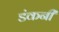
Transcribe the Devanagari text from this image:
डंकनी